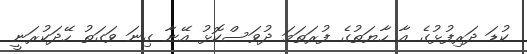
ކުޑަ ދަރިފުޅުގެ އާ ހާޔަތުގެ ފުރަތަމަ ދުވަސްކޮޅު އޭނާ ގިނަ ވަގަތު ހޭދަކުރަނީ